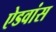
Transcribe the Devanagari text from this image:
ऐडवांस